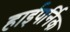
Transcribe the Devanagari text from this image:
हाईपर्निक